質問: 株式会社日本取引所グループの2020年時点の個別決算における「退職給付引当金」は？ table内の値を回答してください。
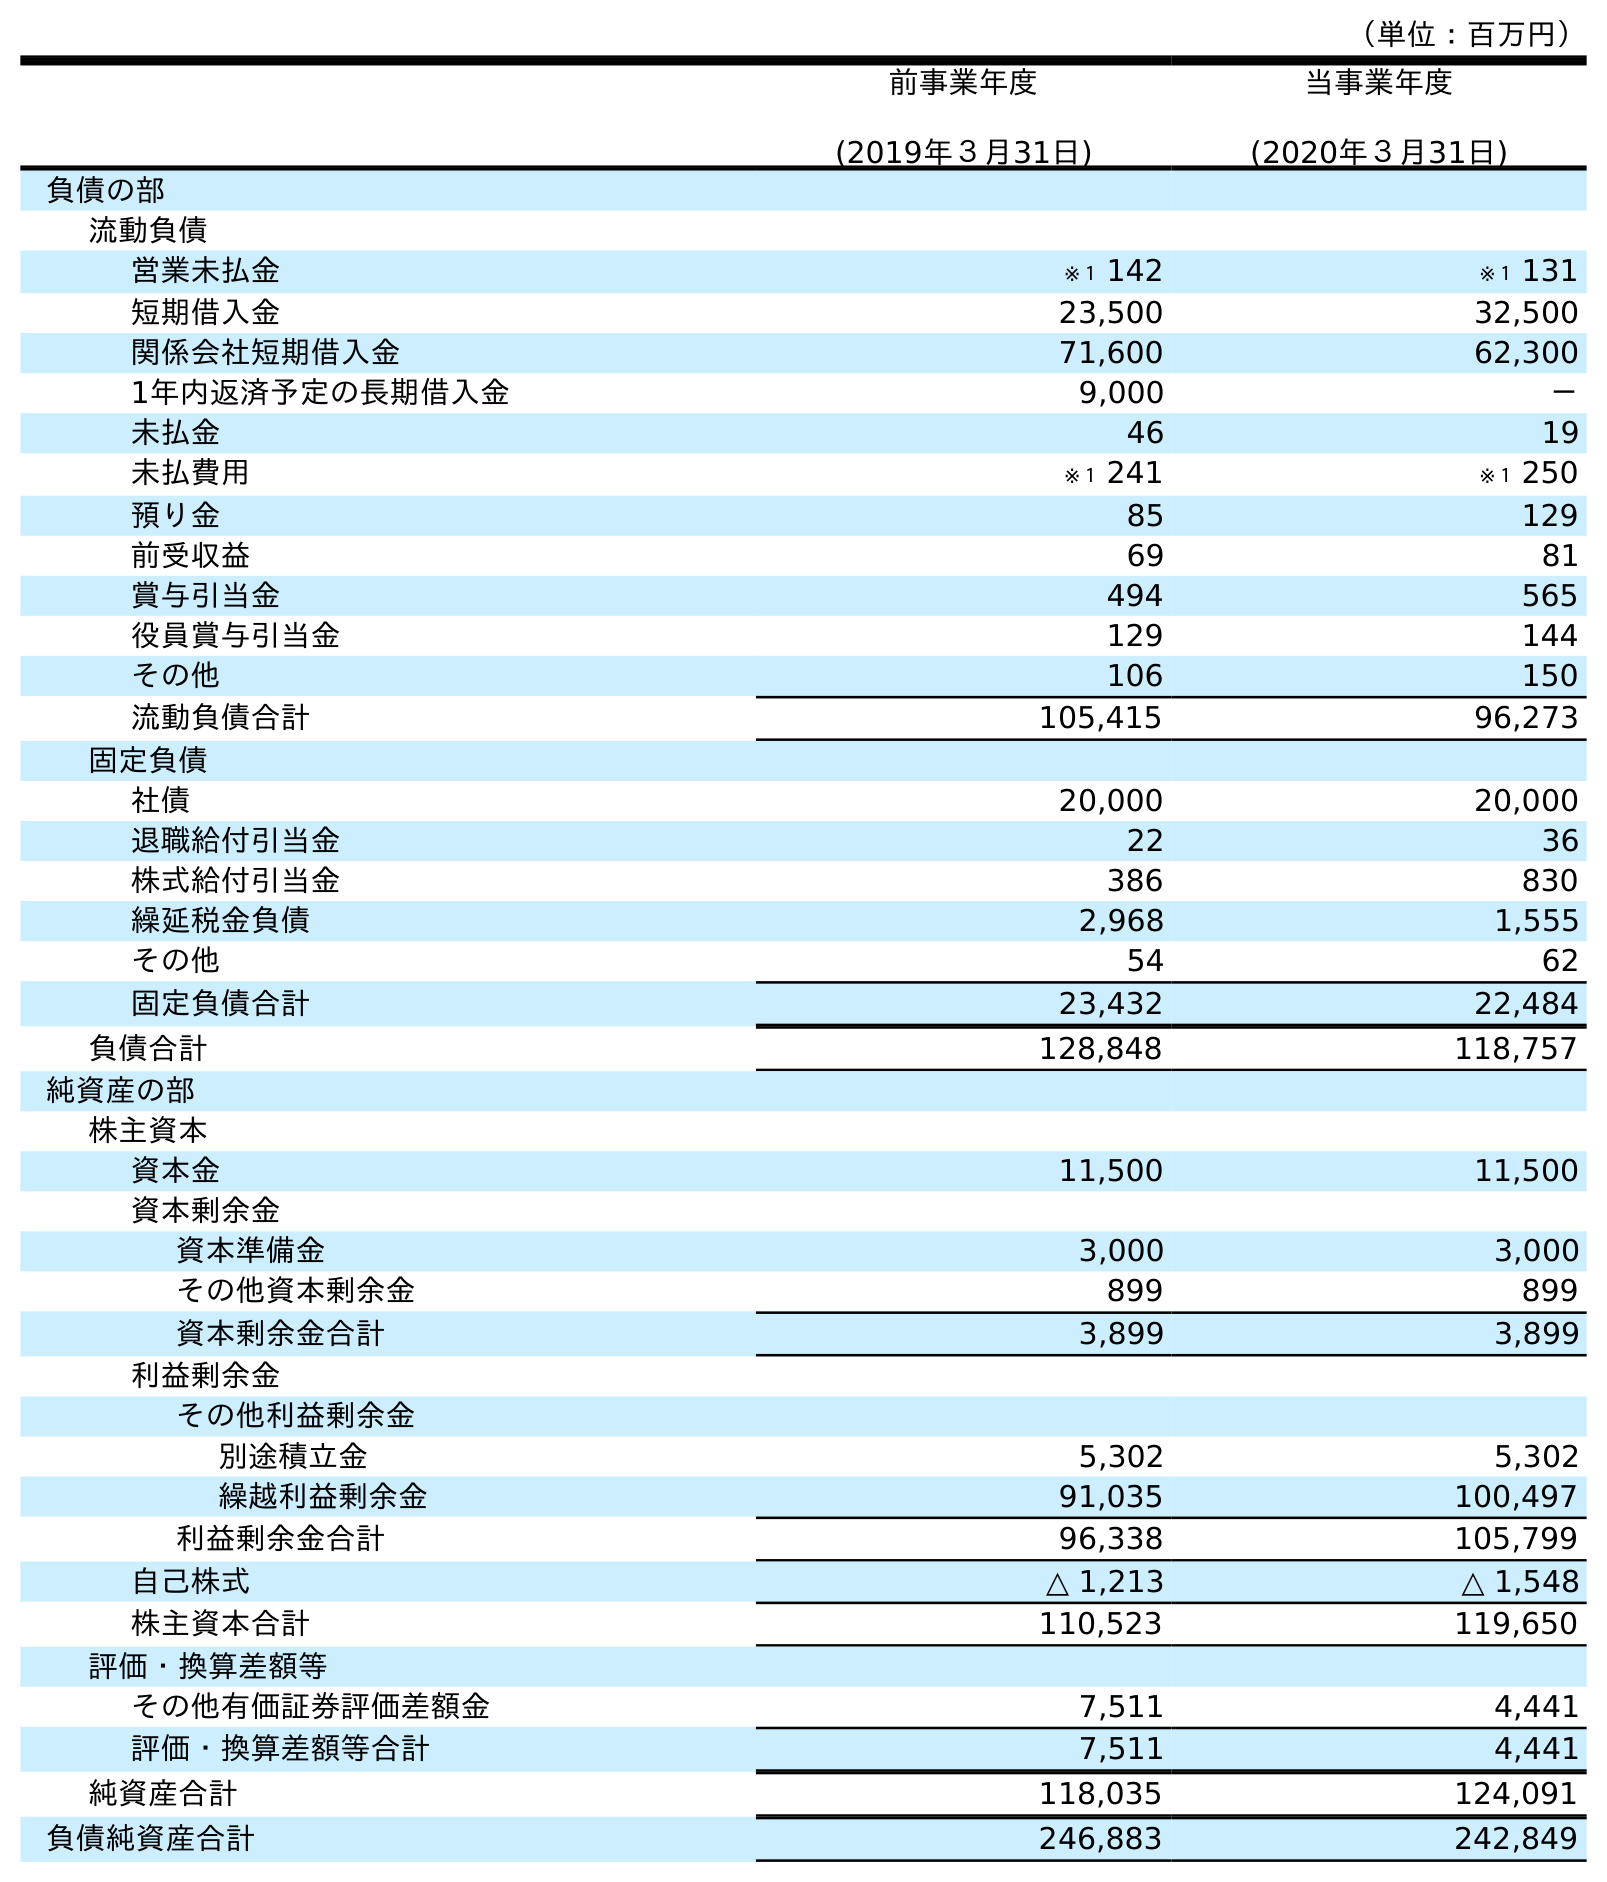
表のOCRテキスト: （単位：百万円） 前事業年度 (2019年３月31日) 当事業年度 (2020年３月31日) 負債の部 流動負債 営業未払金 ※１ 142 ※１ 131 短期借入金 23,500 32,500 関係会社短期借入金 71,600 62,300 1年内返済予定の長期借入金 9,000 － 未払金 46 19 未払費用 ※１ 241 ※１ 250 預り金 85 129 前受収益 69 81 賞与引当金 494 565 役員賞与引当金 129 144 その他 106 150 流動負債合計 105,415 96,273 固定負債 社債 20,000 20,000 退職給付引当金 22 36 株式給付引当金 386 830 繰延税金負債 2,968 1,555 その他 54 62 固定負債合計 23,432 22,484 負債合計 128,848 118,757 純資産の部 株主資本 資本金 11,500 11,500 資本剰余金 資本準備金 3,000 3,000 その他資本剰余金 899 899 資本剰余金合計 3,899 3,899 利益剰余金 その他利益剰余金 別途積立金 5,302 5,302 繰越利益剰余金 91,035 100,497 利益剰余金合計 96,338 105,799 自己株式 △ 1,213 △ 1,548 株主資本合計 110,523 119,650 評価・換算差額等 その他有価証券評価差額金 7,511 4,441 評価・換算差額等合計 7,511 4,441 純資産合計 118,035 124,091 負債純資産合計 246,883 242,849
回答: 36